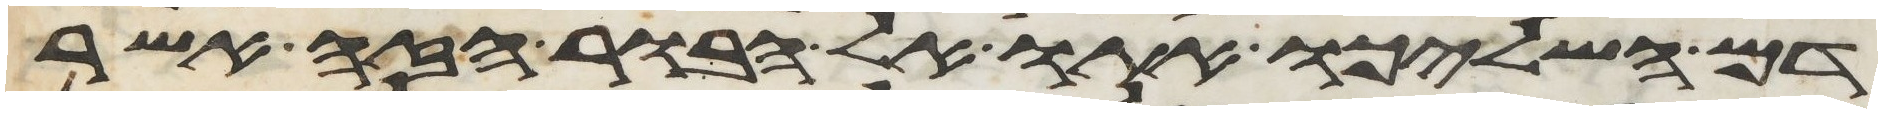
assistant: דם השליכו אתו אל הבור הזה אשר